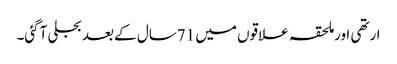
ارتھی اورملحقہ علاقوں میں 71سال کے بعد بجلی آگئی۔